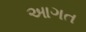
આગત